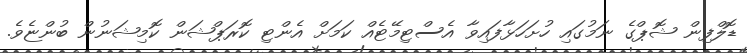
ޑޮލްފިން ޝޮޕްގެ ނަމުގައި ހުށަހަޅާފައިވާ އެސްޓިމޭޓެއް ކަމަށް އެންޓި ކޮރަޕްޝަން ކޮމިޝަނުން ބުންޏެވެ.